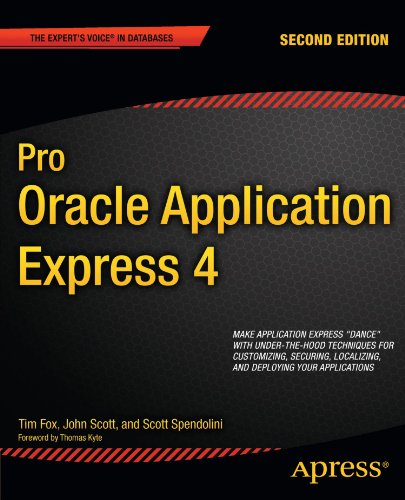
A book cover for Pro Oracle Application Express 4 (Expert's Voice in Databases); Tim Fox; Computers & Technology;